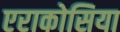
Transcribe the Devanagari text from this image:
एराकोसिया